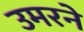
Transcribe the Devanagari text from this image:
उमरने